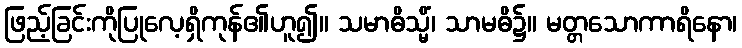
ဖြည့်ခြင်းကိုပြုလေ့ရှိကုန်၏ဟူ၍။ သမာဓိသ္မိံ၊ သာမဓိ၌။ မတ္တသောကာရိနော၊